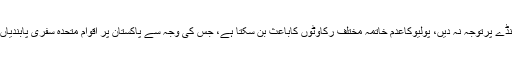
محمود خان نے اپیل کی کہ والدین پولیوکےخلاف پروپیگنڈے پرتوجہ نہ دیں، پولیوکاعدم خاتمہ مختلف رکاوٹوں کاباعث بن سکتا ہے، جس کی وجہ سے پاکستان پر اقوام متحدہ سفری پابندیاں عائد کرسکتا ہے جو قومی وقار کے لیے نقصان دہ ہے۔